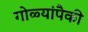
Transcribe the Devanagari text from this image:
गोळ्यांपैकी